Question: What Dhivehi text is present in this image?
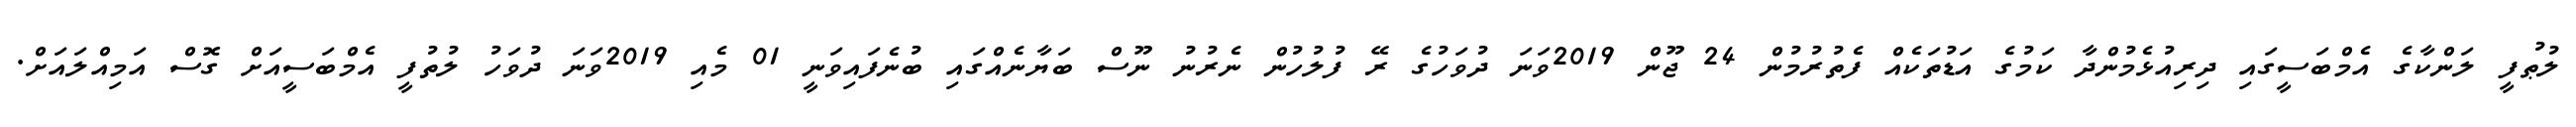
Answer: ލުޠުފީ ލަންކާގެ އެމްބަސީގައި ދިރިއުޅެމުންދާ ކަމުގެ އަޑުތަކެއް ފެތުރުމުން 24 ޖޫން 2019ވަނަ ދުވަހުގެ ރޭ ފުލުހުން ނެރުނު ނޫސް ބަޔާނެއްގައި ބުނެފައިވަނީ 01 މެއި 2019ވަނަ ދުވަހު ލުތުފީ އެމްބަސީއަށް ގޮސް އަމިއްލައަށް.